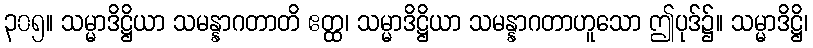
၃၀၅။ သမ္မာဒိဋ္ဌိယာ သမန္နာဂတာတိ ဧတ္ထ၊ သမ္မာဒိဋ္ဌိယာ သမန္နာဂတာဟူသော ဤပုဒ်၌။ သမ္မာဒိဋ္ဌိ၊